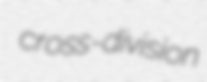
cross-division